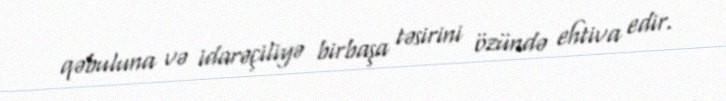
qəbuluna və idarəçiliyə birbaşa təsirini özündə ehtiva edir.